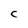
Character: C